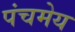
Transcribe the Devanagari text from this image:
पंचमेय